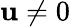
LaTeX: \mathbf{u}\ne0